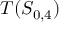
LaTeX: T ( S _ { 0 , 4 } )